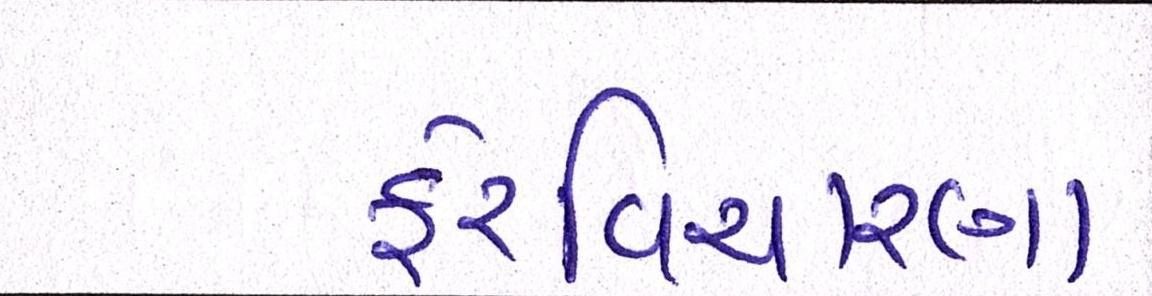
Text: ફેરવિચારણા